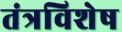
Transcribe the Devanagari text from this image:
तंत्रविशेष